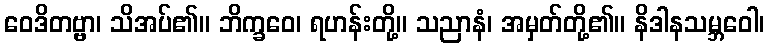
ဝေဒိတဗ္ဗာ၊ သိအပ်၏။ ဘိက္ခဝေ၊ ရဟန်းတို့။ သညာနံ၊ အမှတ်တို့၏။ နိဒါနသမ္ဘဝေါ၊